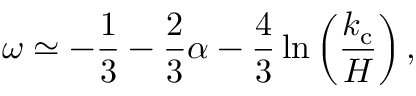
\omega \simeq - \frac { 1 } { 3 } - \frac { 2 } { 3 } \alpha - \frac { 4 } { 3 } \ln \left( \frac { k _ { \mathrm { c } } } { H } \right) ,